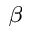
_ { \beta }